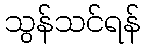
သွန်သင်ရန်